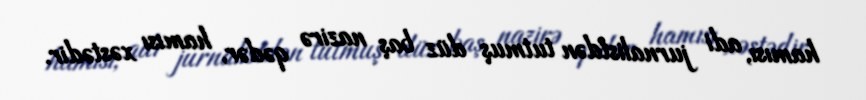
hamısı, adi jurnalistdən tutmuş düz baş nazirə qədər, hamısı xəstədir.